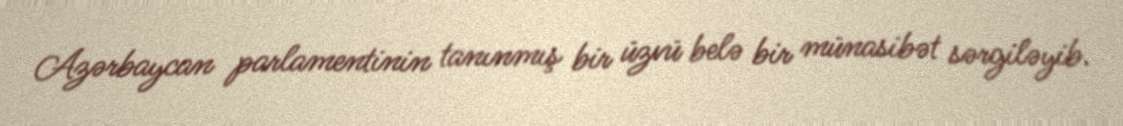
Azərbaycan parlamentinin tanınmış bir üzvü belə bir münasibət sərgiləyib.